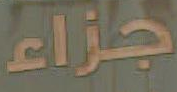
جزاء